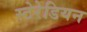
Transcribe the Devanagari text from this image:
स्टेरेडियन